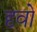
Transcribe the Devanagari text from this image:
दृवो